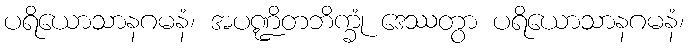
ပရိယောသာနဂမနံ၊ အပဏ္ဍိတဘိက္ခုံ ဒေဿတွာ ပရိယောသာနဂမနံ၊